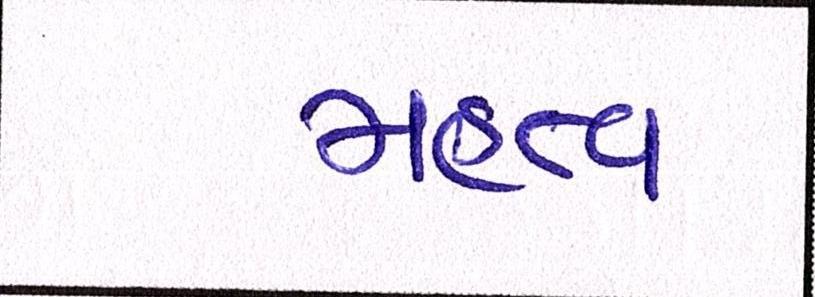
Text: મહત્વ